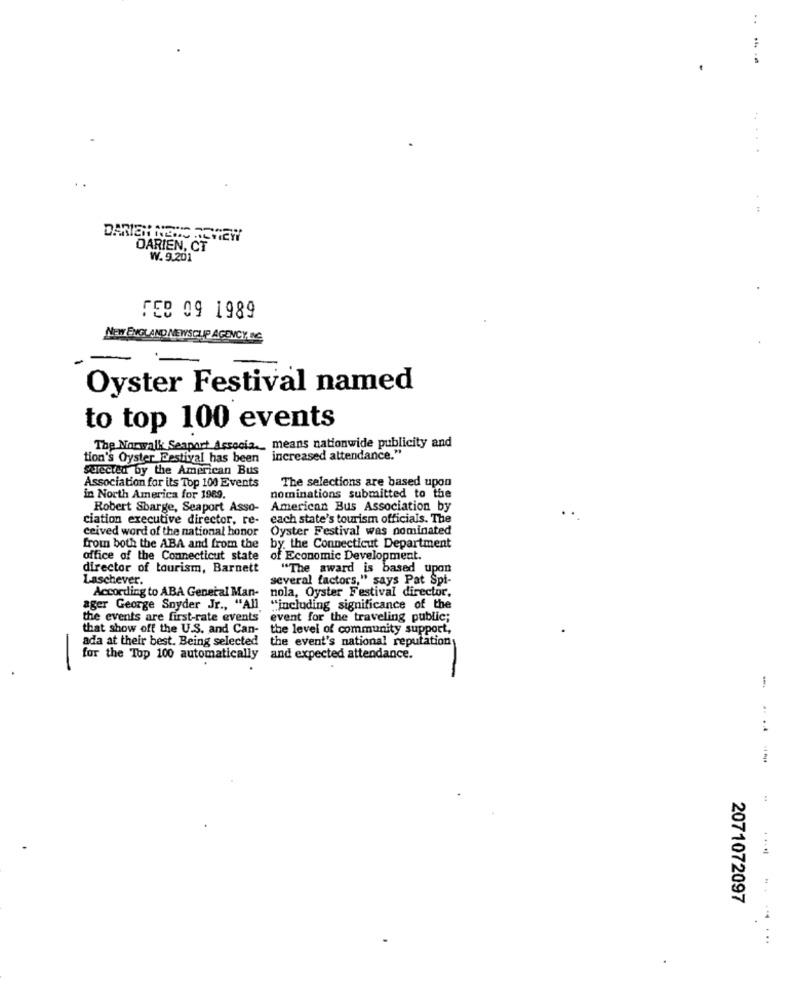
..
--
.. ...
DARIEN, CT
W. 9.201
FEB 09 1989
NEW ENGLAND NEWSCLIP AGENCY, NC
Oyster Festival named
to top 100 events
The Norwalk Seaport Associa. means nationwide publicity and
tion's Oyster Festival has been increased attendance."
selected by the American Bus
The selections are based upon
Association for its Top 100 Events
in North America for 1989.
nominations submitted to the
Robert Sbarge, Seaport Asso-
American Bus Association by
ciation executive director, re-
each state's tourism officials. The
ceived word of the national honor
Oyster Festival was nominated
from both the ABA and from the
by the Connecticut Department
office of the Connecticut state
of Economic Development.
director of tourism, Barnett
"The award is based upon
Laschever.
several factors," says Pat Spi-
According to ABA General Man-
nola, Oyster Festival director.
ager George Snyder Jr ., "All
"including significance of the
the events are first-rate events
event for the traveling public;
that show off the U.S. and Can-
the level of community support,
ada at their best. Being selected
the event's national reputation
for the Top 100 automatically and expected attendance.
-
.... 4
2071072097
...